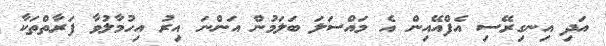
އަދި އިނގިރޭސި އެފްއޭއިން އެ މައްސަލަ ބަލަމުން އަންނަ އިރު އިހުމާލުވާ ފަރާތްތަކާ